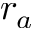
r _ { a }